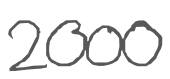
Text: 2000
Cross-out: clean
Writing tool: digital_gray